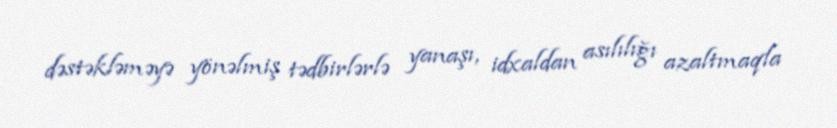
dəstəkləməyə yönəlmiş tədbirlərlə yanaşı, idxaldan asılılığı azaltmaqla